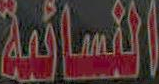
النسائية